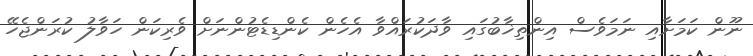
ނޫން ކަމަށާއި ނަމަވެސް އިންތިޚާބުގައި ވާދަކުރައްވާ އެހެން ކެންޑިޑެޓުންނަށް ވެރިކަން ހަވާލު ކުރަންޖެހޭ